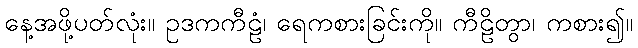
နေ့အဖို့ပတ်လုံး။ ဥဒကကီဠံ၊ ရေကစားခြင်းကို။ ကီဠိတွာ၊ ကစား၍။